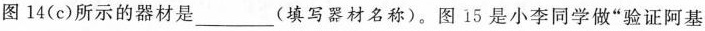
图14(c)所示的器材是___(填写器材名称)。图15是小李同学做”验证阿基